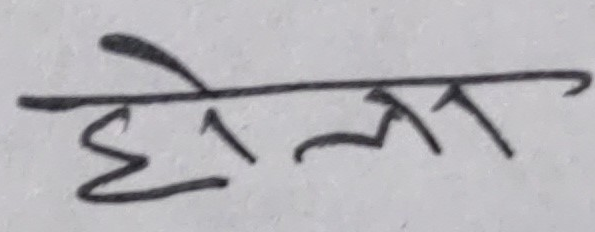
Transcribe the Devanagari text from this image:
होला